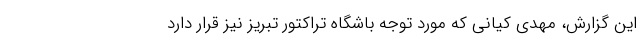
این گزارش، مهدی کیانی که مورد توجه باشگاه تراکتور تبریز نیز قرار دارد